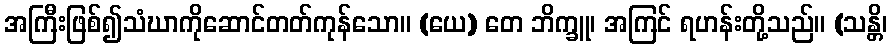
အကြီးဖြစ်၍သံဃာကိုဆောင်တတ်ကုန်သော။ (ယေ) တေ ဘိက္ခူ၊ အကြင် ရဟန်းတို့သည်။ (သန္တိ၊